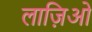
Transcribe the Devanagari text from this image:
लाज़िओ